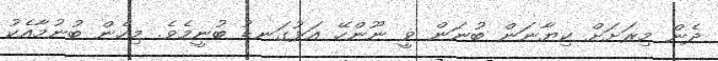
ދެން މިރަށަށް ކިޔާނަން ބުނަން ވީ ނޫންހޭ އަޅުގަނޑު ބުނީމެވެ. މިހެން ބުނުމާއެކު